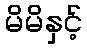
မိမိနှင့်